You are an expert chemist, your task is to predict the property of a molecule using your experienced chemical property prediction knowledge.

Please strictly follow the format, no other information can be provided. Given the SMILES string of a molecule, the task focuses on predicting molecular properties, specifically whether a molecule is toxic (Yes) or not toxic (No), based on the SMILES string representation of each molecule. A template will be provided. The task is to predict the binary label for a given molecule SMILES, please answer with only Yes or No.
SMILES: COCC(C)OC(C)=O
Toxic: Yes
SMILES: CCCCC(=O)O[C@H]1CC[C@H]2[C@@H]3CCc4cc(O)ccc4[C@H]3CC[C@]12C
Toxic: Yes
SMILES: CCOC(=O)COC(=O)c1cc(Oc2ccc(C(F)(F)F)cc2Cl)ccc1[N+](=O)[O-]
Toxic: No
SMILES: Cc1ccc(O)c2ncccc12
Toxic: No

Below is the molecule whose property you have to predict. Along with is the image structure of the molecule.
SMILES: OCC(CBr)(CBr)CBr
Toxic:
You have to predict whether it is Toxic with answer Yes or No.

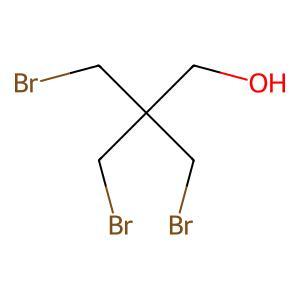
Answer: No